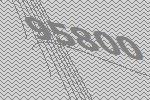
95800